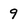
Character: 9